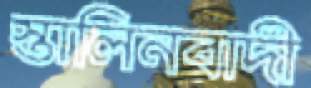
স্তালিনবাদী